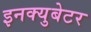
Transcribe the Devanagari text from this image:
इनक्युबेटर